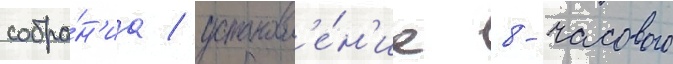
собра́н'иа / установл'е́н'ие 8-часового